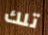
تلك